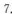
7.